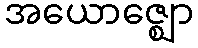
အယောဇ္ဈော